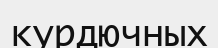
курдючных